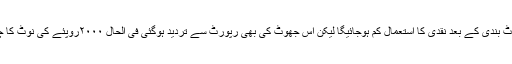
یہ خواب بھی دکھایا گیا تھاکہ نوٹ بندی کے بعد نقدی کا استعمال کم ہوجائیگا لیکن اس جھوٹ کی بھی رپورٹ سے تردید ہوگئی فی الحال ۲۰۰۰روپئے کی نوٹ کا چلن متروکہ ۱۰۰۰سے زیادہ ہے۔